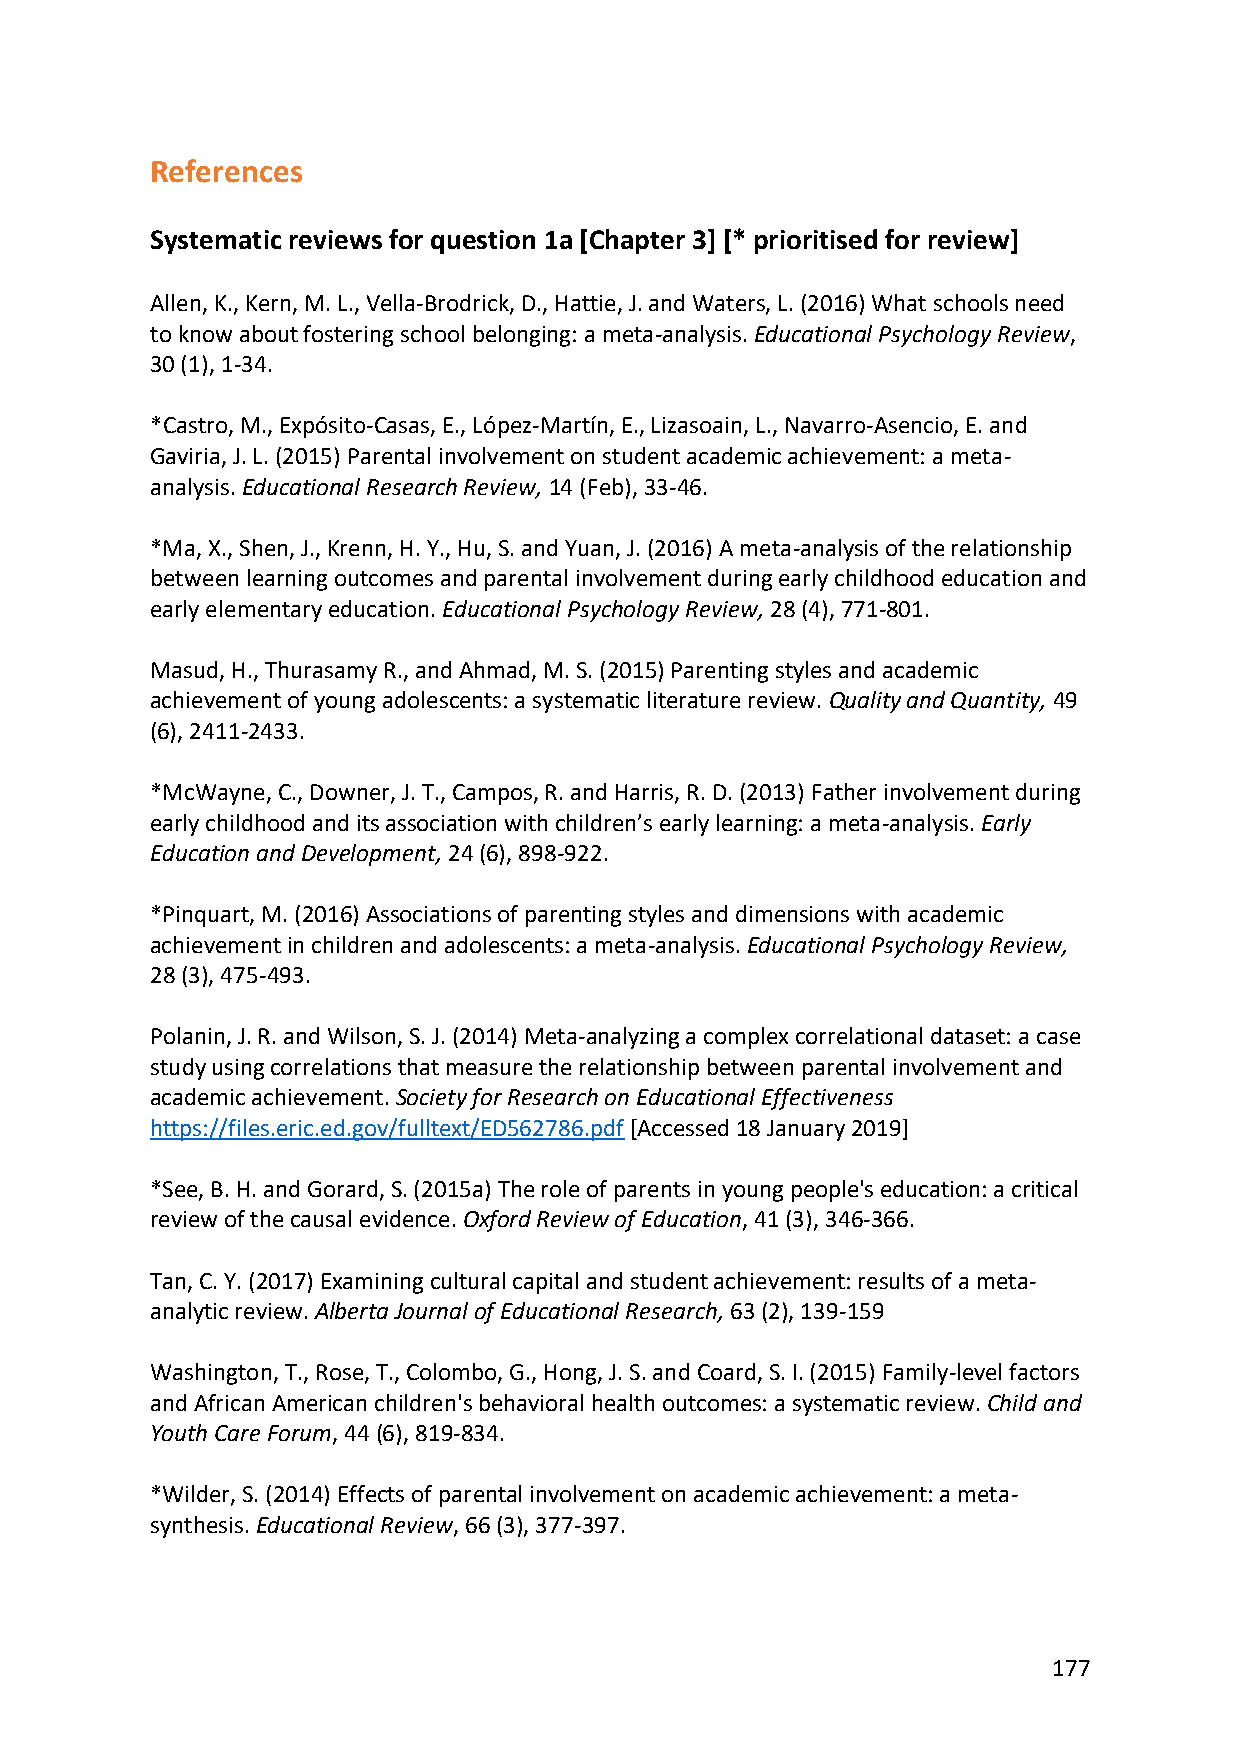
References
 Systematic reviews for question 1a [Chapter 3] [* prioritised for review]
 Allen, K., Kern, M. L., Vella-Brodrick, D., Hattie, J. and Waters, L. (2016) What schools need
 to know about fostering school belonging: a meta-analysis. Educational Psychology Review,
 30 (1), 1-34.
 *Castro, M., Expósito-Casas, E., López-Martín, E., Lizasoain, L., Navarro-Asencio, E. and
 Gaviria, J. L. (2015) Parental involvement on student academic achievement: a meta-
 analysis. Educational Research Review, 14 (Feb), 33-46.
 *Ma, X., Shen, J., Krenn, H. Y., Hu, S. and Yuan, J. (2016) A meta-analysis of the relationship
 between learning outcomes and parental involvement during early childhood education and
 early elementary education. Educational Psychology Review, 28 (4), 771-801.
 Masud, H., Thurasamy R., and Ahmad, M. S. (2015) Parenting styles and academic
 achievement of young adolescents: a systematic literature review. Quality and Quantity, 49
 (6), 2411-2433.
 *McWayne, C., Downer, J. T., Campos, R. and Harris, R. D. (2013) Father involvement during
 early childhood and its association with children’s early learning: a meta-analysis. Early
 Education and Development, 24 (6), 898-922.
 *Pinquart, M. (2016) Associations of parenting styles and dimensions with academic
 achievement in children and adolescents: a meta-analysis. Educational Psychology Review,
 28 (3), 475-493.
 Polanin, J. R. and Wilson, S. J. (2014) Meta-analyzing a complex correlational dataset: a case
 study using correlations that measure the relationship between parental involvement and
 academic achievement. Society for Research on Educational Effectiveness
 https://files.eric.ed.gov/fulltext/ED562786.pdf [Accessed 18 January 2019]
 *See, B. H. and Gorard, S. (2015a) The role of parents in young people's education: a critical
 review of the causal evidence. Oxford Review of Education, 41 (3), 346-366.
 Tan, C. Y. (2017) Examining cultural capital and student achievement: results of a meta-
 analytic review. Alberta Journal of Educational Research, 63 (2), 139-159
 Washington, T., Rose, T., Colombo, G., Hong, J. S. and Coard, S. I. (2015) Family-level factors
 and African American children's behavioral health outcomes: a systematic review. Child and
 Youth Care Forum, 44 (6), 819-834.
 *Wilder, S. (2014) Effects of parental involvement on academic achievement: a meta-
 synthesis. Educational Review, 66 (3), 377-397.
 177